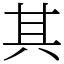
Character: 其